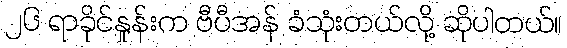
၂၆ ရာခိုင်နှုန်းက ဗီပီအန် ခံသုံးတယ်လို့ ဆိုပါတယ်။